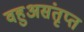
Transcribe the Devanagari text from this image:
वहुअसंतृप्त